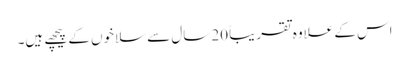
اس کے علاوہ تقریباً 20 سال سے سلاخوں کے پیچھے ہیں۔